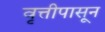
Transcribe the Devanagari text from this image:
वृत्तीपासून